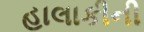
હાલાકીની